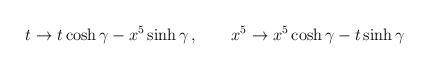
LaTeX: \begin{align*}t\rightarrow t\cosh\gamma-x^5\sinh\gamma\,,\qquad x^5\rightarrow x^5\cosh\gamma-t\sinh\gamma\end{align*}